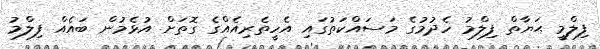
ފިލްމީ ޙަޔާތް ފިލްމު ހެދުމުގެ މަސައްކަތުގައި އެހީތެރިއެއްގެ ގޮތަށް އުޅެމުން ބައެއް ފިލްމު